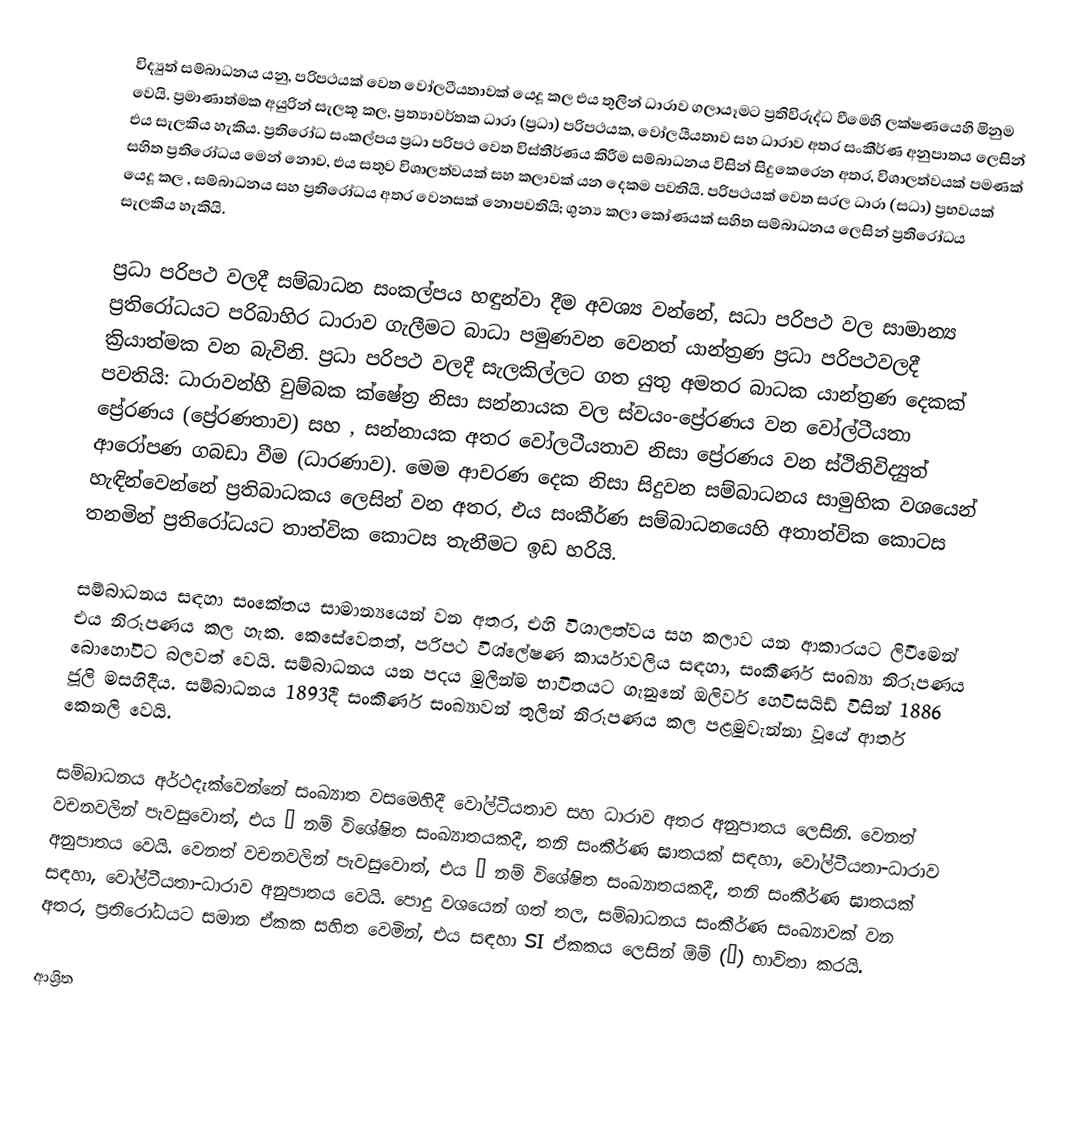
විද්‍යුත් සම්බාධනය යනු,  පරිපථයක් වෙත වෝලටීයතාවක් යෙදූ කල එය තුලින් ධාරාව ගලායෑමට ප්‍රතිවිරුද්ධ වීමෙහි  ලක්ෂණයෙහි මිනුම වෙයි. ප්‍රමාණාත්මක අයුරින් සැලකූ කල, ප්‍රත්‍යාවර්තක ධාරා (ප්‍රධා) පරිපථයක,  වෝලයීයතාව සහ ධාරාව අතර සංකීර්ණ අනුපාතය ලෙසින් එය සැලකිය හැකිය. ප්‍රතිරෝධ සංකල්පය ප්‍රධා පරිපථ වෙත විස්තීර්ණය කිරීම සම්බාධනය විසින් සිදුකෙරෙන අතර, විශාලත්වයක් පමණක් සහිත ප්‍රතිරෝධය මෙන් නොව, එය සතුව විශාලත්වයක් සහ  කලාවක් යන දෙකම පවතියි. පරිපථයක් වෙත සරල ධාරා (සධා) ප්‍රභවයක් යෙදූ කල , සම්බාධනය සහ ප්‍රතිරෝධය අතර වෙනසක් නොපවතියි; ශුන්‍ය කලා කෝණයක් සහිත සම්බාධනය ලෙසින් ප්‍රතිරෝධය සැලකිය හැකියි.

ප්‍රධා පරිපථ වලදී සම්බාධන සංකල්පය හඳුන්වා දීම අවශ්‍ය වන්නේ, සධා පරිපථ වල සාමාන්‍ය ප්‍රතිරෝධයට පරිබාහිර ධාරාව ගැලීමට බාධා පමුණවන වෙනත් යාන්ත්‍රණ ප්‍රධා පරිපථවලදී ක්‍රියාත්මක වන බැවිනි. ප්‍රධා පරිපථ වලදී සැලකිල්ලට ගත යුතු අමතර බාධක යාන්ත්‍රණ දෙකක් පවතියි: ධාරාවන්හී චුම්බක ක්ෂේත්‍ර නිසා සන්නායක වල ස්වයං-ප්‍රේරණය වන වෝල්ටීයතා ප්‍රේරණය (ප්‍රේරණතාව) සහ , සන්නායක අතර වෝලටීයතාව  නිසා ප්‍රේරණය වන ස්ථිතිවිද්‍යුත් ආරෝපණ ගබඩා වීම (ධාරණාව). මෙම ආචරණ දෙක නිසා සිදුවන සම්බාධනය සාමුහික වශයෙන් හැඳින්වෙන්නේ  ප්‍රතිබාධකය ලෙසින් වන අතර, එය සංකීර්ණ සම්බාධනයෙහි අතාත්වික කොටස තනමින් ප්‍රතිරෝධයට  තාත්වික කොටස තැනීමට ඉඩ හරියි.

සම්බාධනය සඳහා සංකේතය සාමාන්‍යයෙන්  වන අතර, එහි විශාලත්වය සහ කලාව  යන ආකාරයට ලිවීමෙන් එය නිරූපණය කල හැක. කෙසේවෙතත්, පරිපථ විශ්ලේෂණ කාර්යාවලිය සඳහා,  සංකීර්ණ සංඛ්‍යා නිරූපණය බොහෝවිට බලවත් වෙයි. සම්බාධනය යන පදය මුලින්ම භාවිතයට ගැනුනේ  ඔලිවර් හෙවිසයිඩ් විසින්  1886 ජූලි මසහිදීය.    සම්බාධනය 1893දී සංකීර්ණ සංඛ්‍යාවන් තුලින් නිරූපණය කල පළමුවැන්නා වූයේ   ආතර් කෙනලි  වෙයි.

සම්බාධනය අර්ථදැක්වෙන්නේ  සංඛ්‍යාත වසමෙහිදී වෝල්ටීයතාව සහ ධාරාව අතර අනුපාතය ලෙසිනි. වෙනත් වචනවලින් පැවසුවොත්, එය ω නම් විශේෂිත සංඛ්‍යාතයකදී,  තනි සංකීර්ණ ඝාතයක් සඳහා, වෝල්ටීයතා-ධාරාව අනුපාතය වෙයි. වෙනත් වචනවලින් පැවසුවොත්, එය ω නම් විශේෂිත සංඛ්‍යාතයකදී,  තනි සංකීර්ණ ඝාතයක් සඳහා, වෝල්ටීයතා-ධාරාව අනුපාතය වෙයි. පොදු වශයෙන් ගත් තල, සම්බාධනය සංකීර්ණ සංඛ්‍යාවක් වන අතර, ප්‍රතිරෝධයට සමාන ඒකක සහිත වෙමින්, එය සඳහා  SI ඒකකය ලෙසින් ඕම් (Ω) භාවිතා කරයි.

ආශ්‍රිත